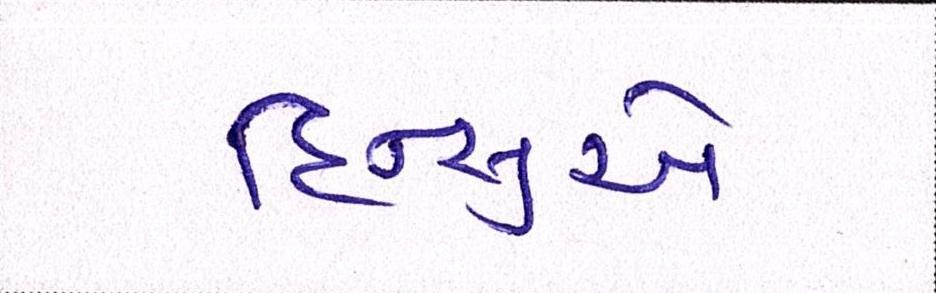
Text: હિન્સુએ